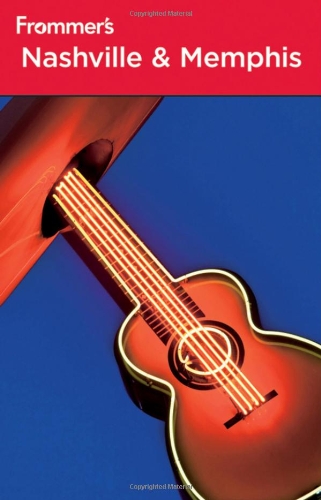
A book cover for Frommer's Nashville and Memphis (Frommer's Complete Guides); Linda Romine; Travel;